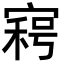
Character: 𡩸